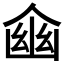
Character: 𠋔